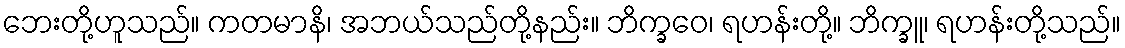
ဘေးတို့ဟူသည်။ ကတမာနိ၊ အဘယ်သည်တို့နည်း။ ဘိက္ခဝေ၊ ရဟန်းတို့။ ဘိက္ခူ၊ ရဟန်းတို့သည်။